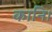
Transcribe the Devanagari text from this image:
कानि।